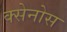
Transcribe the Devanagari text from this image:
क्सेनोस